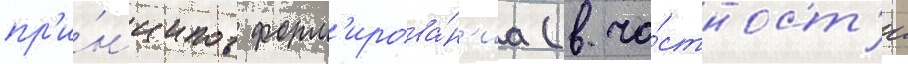
пр'и́нципов форм'ирова́н'иа (в ча́стност'и